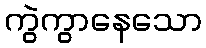
ကွဲကွာနေသော